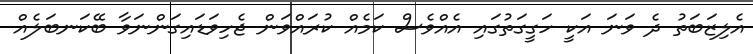
އެލިޒަބަތު ދެ ވަނަ އަކީ ހަގީގަތުގައި އެއްވެސް ކަމެއް ކުރައްވަން ޖެހިވަޑައިގަންނަވާ ބޭކަނބަލެއް